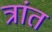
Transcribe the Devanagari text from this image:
त्रांत